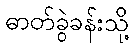
ဓာတ်ခွဲခန်းသို့